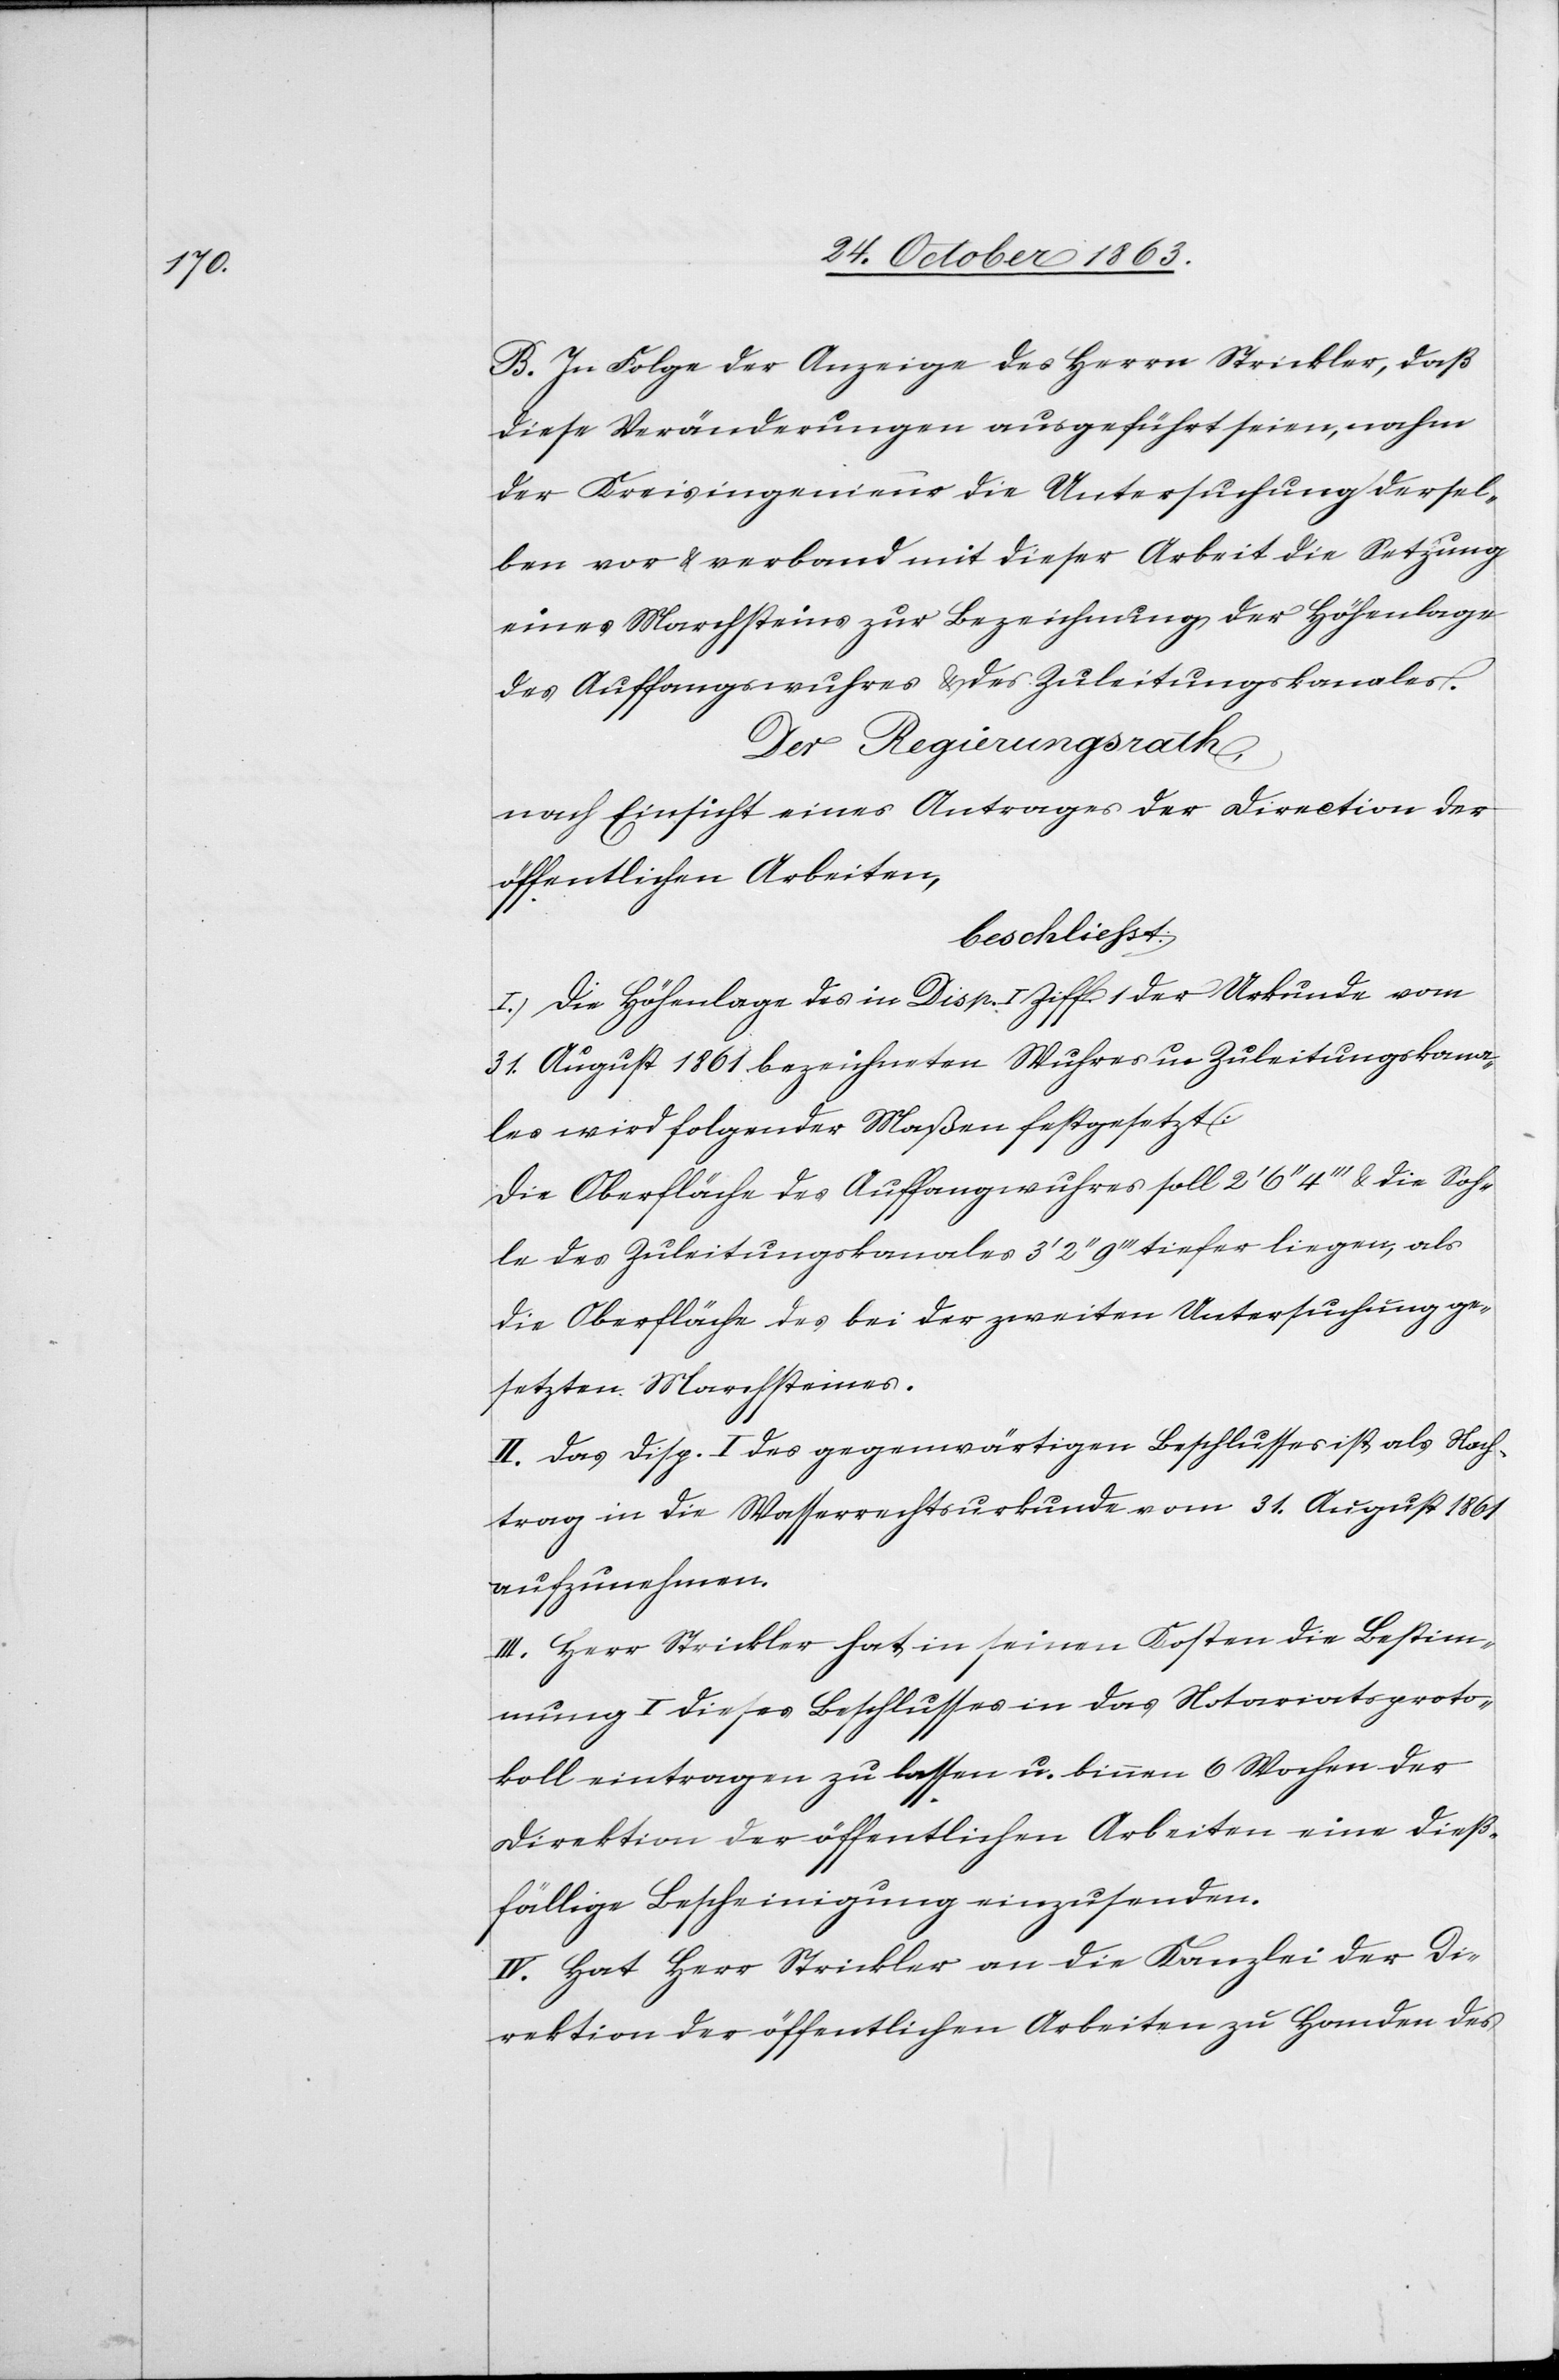
B. In Folge der Anzeige des Herrn Strickler, daß
diese Veränderungen ausgeführt seien, nahm
der Kreisingenieur die Untersuchung dersel¬
ben vor & verband mit dieser Arbeit die Setzung
eines Marchsteins zur Bezeichnung der Höhenlage
des Auffangswuhres & des Zuleitungskanales.
Der Regierungsrath,
nach Einsicht eines Antrages der Direction der
öffentlichen Arbeiten,
beschliesst:
I. Die Höhenlage des in Disp. I Ziff. 1 der Urkunde vom
31. August 1861 bezeichneten Wuhres u. Zuleitungskana¬
les wird folgender Maßen festgesetzt:
Die Oberfläche des Auffangwuhres soll 2' 6'' 4''' & die Soh¬
le des Zuleitungskanales 3' 2'' 9''' tiefer liegen, als
die Oberfläche des bei der zweiten Untersuchung ge¬
setzten Marchsteines.
II. Das Disp. I des gegenwärtigen Beschlusses ist als Nach¬
trag in die Wasserrechtsurkunde vom 31. August 1861
aufzunehmen.
III. Herr Strickler hat in seinen Kosten die Bestim¬
mung I dieses Beschlusses in das Notariatsproto¬
koll eintragen zu lassen u. binnen 6 Wochen der
Direktion der öffentlichen Arbeiten eine dieß¬
fällige Bescheinigung einzusenden.
IV. Hat Herr Strickler an die Kanzlei der Di¬
rektion der öffentlichen Arbeiten zu Handen des